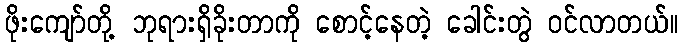
ဖိုးကျော်တို့ ဘုရားရှိခိုးတာကို စောင့်နေတဲ့ ခေါင်းတွဲ ဝင်လာတယ်။